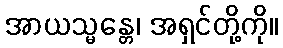
အာယသ္မန္တေ၊ အရှင်တို့ကို။